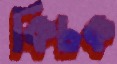
কিচক